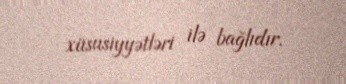
xüsusiyyətləri ilə bağlıdır.